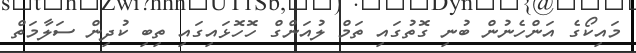
މައިކޯގެ އަންހެނުން ބުނި ގޮތުގައި ތަމް ލުއަންގް ހޮހޮޅައިގައި ތިބި ކުދިން ސަލާމަތް